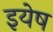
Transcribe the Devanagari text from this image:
इयेष